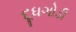
દૂધગોડી